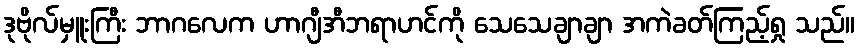
ဒုဗိုလ်မှူးကြီး ဘာဂလေက ဟာဂျီအီဘရာဟင်ကို သေသေချာချာ အကဲခတ်ကြည့်ရှု သည်။